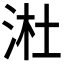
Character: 𬇩